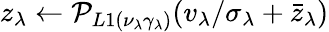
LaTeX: z_{\lambda}\leftarrow\mathcal{P}_{L1(\nu_{\lambda}\gamma_{\lambda})}(v_{\lambda}/\sigma_{\lambda}+\bar{z}_{\lambda})